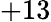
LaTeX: +13